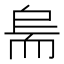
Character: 𱻱